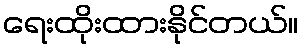
ရေးထိုးထားနိုင်တယ်။